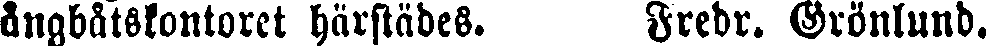
ångbåtskontoret härstädes. Fredr. Grönlund.